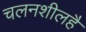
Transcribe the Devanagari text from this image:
चलनशीलहै